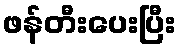
ဖန်တီးပေးပြီး